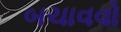
બચાવવો